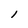
Character: l